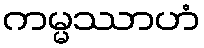
ကမ္မဿာဟံ